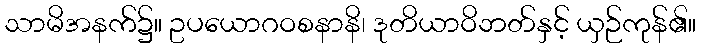
သာမိအနက်၌။ ဥပယောဂဝစနာနိ၊ ဒုတိယာဝိဘတ်နှင့် ယှဉ်ကုန်၏။